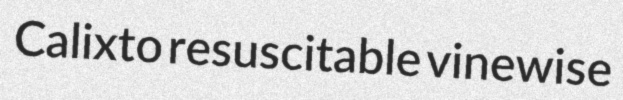
Calixto resuscitable vinewise